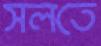
সলতে